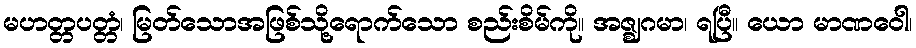
မဟတ္တပတ္တံ၊ မြတ်သောအဖြစ်သို့ရောက်သော စည်းစိမ်ကို။ အဇ္ဈဂမာ၊ ရပြီ။ ယော မာဏဝေါ၊